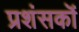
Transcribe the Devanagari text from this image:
प्रशंसकॊं